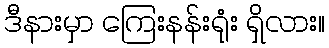
ဒီနားမှာ ကြေးနန်းရုံး ရှိလား။